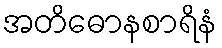
အတိဓောနစာရိနံ